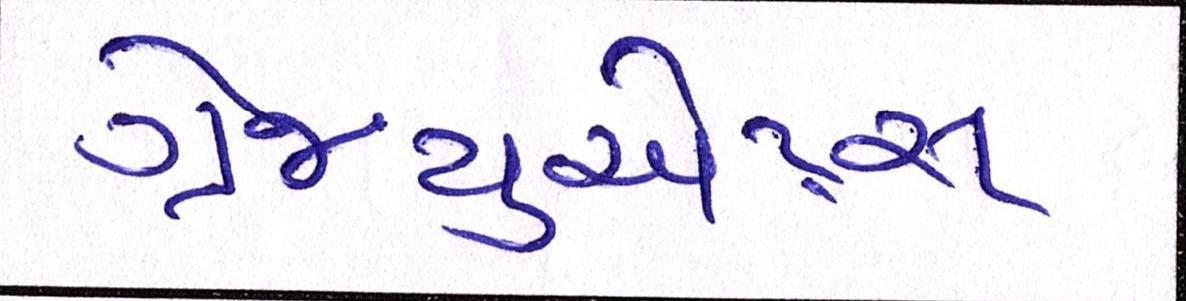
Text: ગ્રેજ્યુએટ્સ